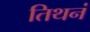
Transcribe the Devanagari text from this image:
तिथनं